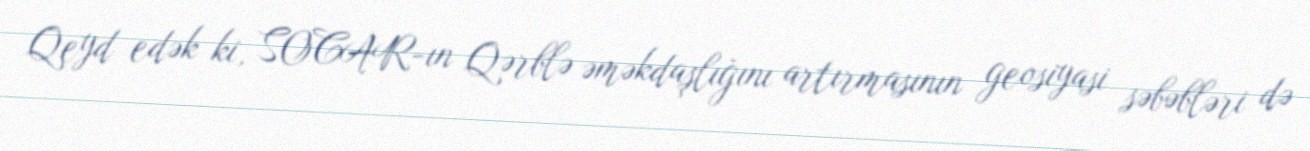
Qeyd edək ki, SOCAR-ın Qərblə əməkdaşlığını artırmasının geosiyasi səbəbləri də